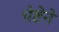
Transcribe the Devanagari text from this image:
चेष्टेने